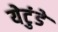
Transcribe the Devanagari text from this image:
येटुंडे